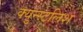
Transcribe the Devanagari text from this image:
क्युन्स्टलिश